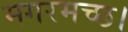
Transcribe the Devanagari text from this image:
मगरमच्छ।